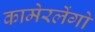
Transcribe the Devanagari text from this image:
कामेरलेंगो